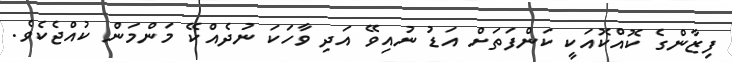
ފިޒާންގެ ކޮއްކޮއަކީ ކަންފަތަށް އަޑު ނުއިވޭ އަދި ވާހަކަ ނުދެއްކޭ މަންމަން ކުއްޖެކެވެ.